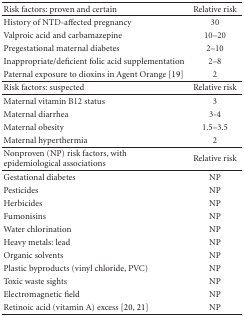
<table><thead><tr><td><b>Risk factors: proven and certain</b></td><td><b>Relative risk</b></td></tr></thead><tbody><tr><td>History of NTD-affected pregnancy</td><td>30</td></tr><tr><td>Valproic acid and carbamazepine</td><td>10–20</td></tr><tr><td>Pregestational maternal diabetes</td><td>2–10</td></tr><tr><td>Inappropriate/deficient folic acid supplementation</td><td>2–8</td></tr><tr><td>Paternal exposure to dioxins in Agent Orange [42]</td><td>2</td></tr><tr><td>Risk factors: suspected</td><td>Relative risk</td></tr><tr><td>Maternal vitamin B12 status</td><td>3</td></tr><tr><td>Maternal diarrhea</td><td>3-4</td></tr><tr><td>Maternal obesity</td><td>1.5–3.5</td></tr><tr><td>Maternal hyperthermia</td><td>2</td></tr><tr><td>Nonproven (NP) risk factors, with epidemiological associations</td><td>Relative risk</td></tr><tr><td>Gestational diabetes</td><td>NP</td></tr><tr><td>Pesticides</td><td>NP</td></tr><tr><td>Herbicides</td><td>NP</td></tr><tr><td>Fumonisins</td><td>NP</td></tr><tr><td>Water chlorination</td><td>NP</td></tr><tr><td>Heavy metals: lead</td><td>NP</td></tr><tr><td>Organic solvents</td><td>NP</td></tr><tr><td>Plastic byproducts (vinyl chloride, PVC)</td><td>NP</td></tr><tr><td>Toxic waste sights</td><td>NP</td></tr><tr><td>Electromagnetic field</td><td>NP</td></tr><tr><td>Retinoic acid (vitamin A) excess [48, 49]</td><td>NP</td></tr></tbody></table>